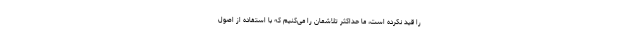
را قید نکرده است، ما حداکثر تلاشمان را می‌کنیم که با استفاده از اصول